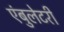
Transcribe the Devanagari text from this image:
एंबुलेटरी